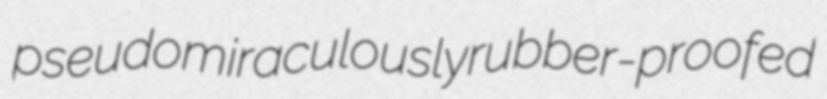
pseudomiraculously rubber-proofed